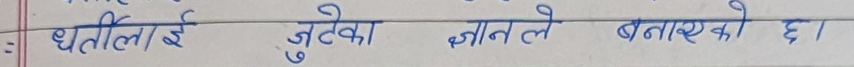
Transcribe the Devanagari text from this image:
धर्तीलाई जुटेको ज्ञानले बनाएको छा ।